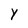
Character: Y